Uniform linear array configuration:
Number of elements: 48
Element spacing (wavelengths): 0.75
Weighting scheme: blackman
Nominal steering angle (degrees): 60
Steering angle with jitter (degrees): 59.865
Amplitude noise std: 0.05
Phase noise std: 0.05

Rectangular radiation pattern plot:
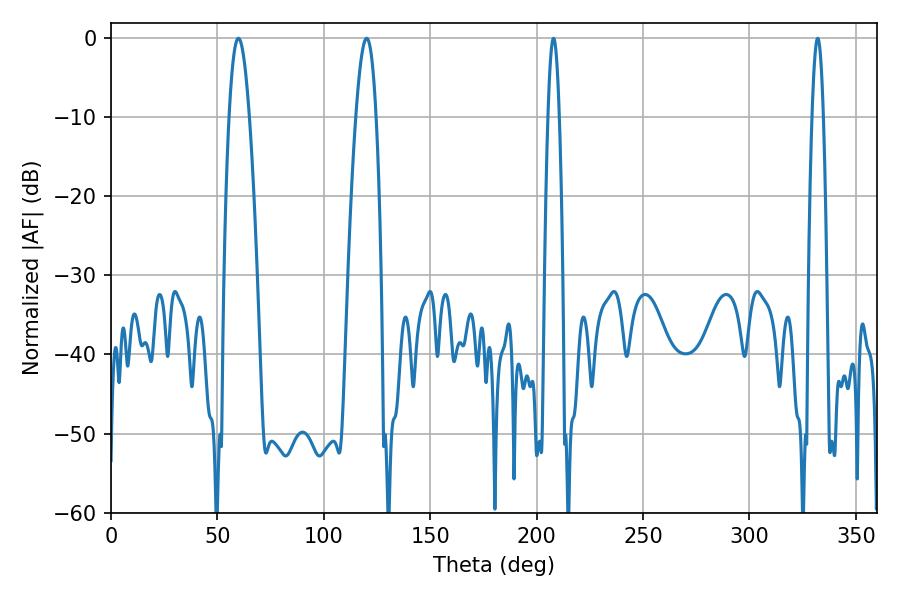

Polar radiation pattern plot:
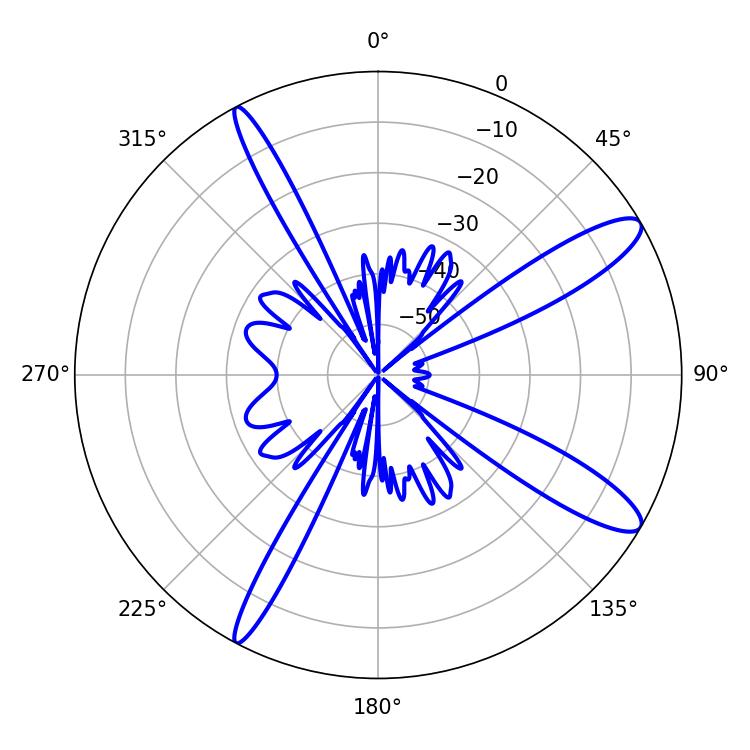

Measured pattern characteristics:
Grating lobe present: TRUE
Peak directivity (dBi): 12.277
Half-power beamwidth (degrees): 2.88
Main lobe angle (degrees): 207.9